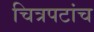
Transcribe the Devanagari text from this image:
चित्रपटांच